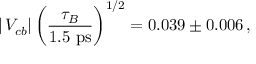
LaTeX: | \, V _ { c b } | \, \bigg ( { \frac { \tau _ { B } } { 1 . 5 ~ \mathrm { p s } } } \bigg ) ^ { 1 / 2 } = 0 . 0 3 9 \pm 0 . 0 0 6 \, ,